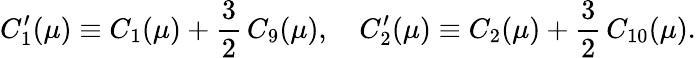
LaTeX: C_{1}^{\prime}(\mu)\equiv C_{1}(\mu)+\frac{3}{2}\, C_{9}(\mu),\quad C_{2}^{\prime}(\mu)\equiv C_{2}(\mu)+\frac{3}{2}\, C_{10}(\mu).